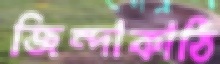
জিন্দাকাঠি